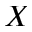
\boldsymbol { X }